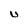
Character: U